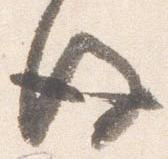
後